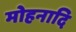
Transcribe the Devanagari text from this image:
मोहनादि